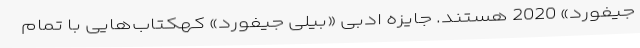
جیفورد» 2020 هستند. جایزه ادبی «بیلی جیفورد» کهکتاب‌هایی با تمام